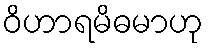
ဝိဟာရမိဓမာဟု